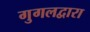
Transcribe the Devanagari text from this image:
गुगलद्वारा